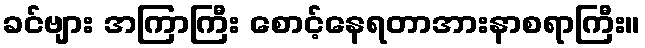
ခင်ဗျား အကြာကြီး စောင့်နေရတာအားနာစရာကြီး။